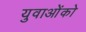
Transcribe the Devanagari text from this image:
युवाओंको